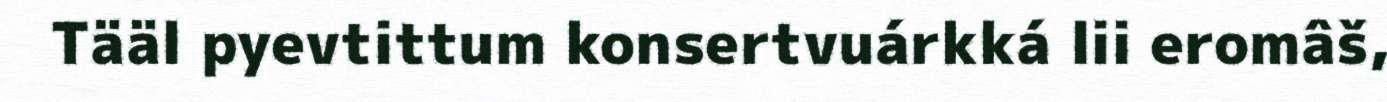
Tääl pyevtittum konsertvuárkká lii eromâš,